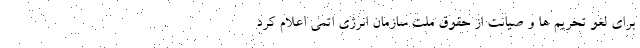
برای لغو تحریم ها و صیانت از حقوق ملت سازمان انرژی اتمی اعلام کرد